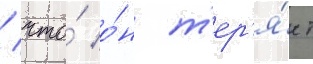
/ что́ о́н т'ер'я́ет